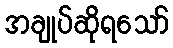
အချုပ်ဆိုရသော်